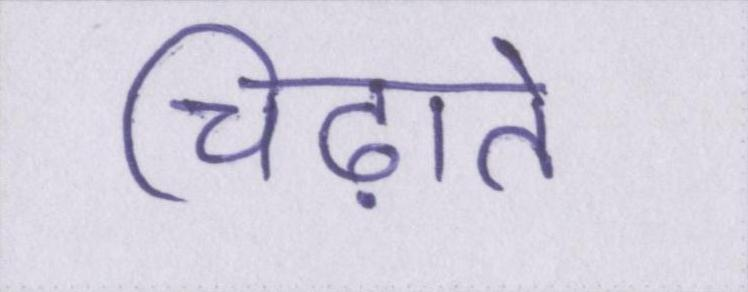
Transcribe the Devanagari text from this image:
चिढ़ाते